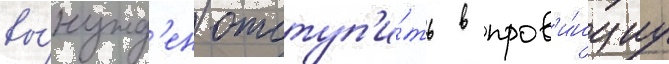
вы́нужд'ен отступ'и́ть в пров'и́нциу